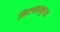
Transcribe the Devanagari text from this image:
नित्यान्कुरा